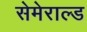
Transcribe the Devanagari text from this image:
सेमेराल्ड